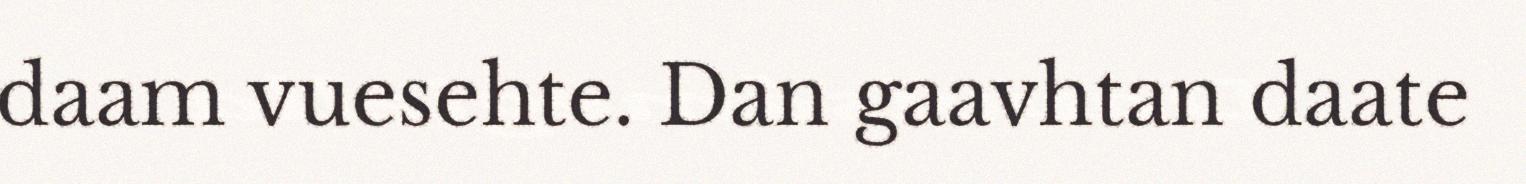
daam vuesehte. Dan gaavhtan daate